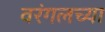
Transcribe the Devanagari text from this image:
वरंगलच्या